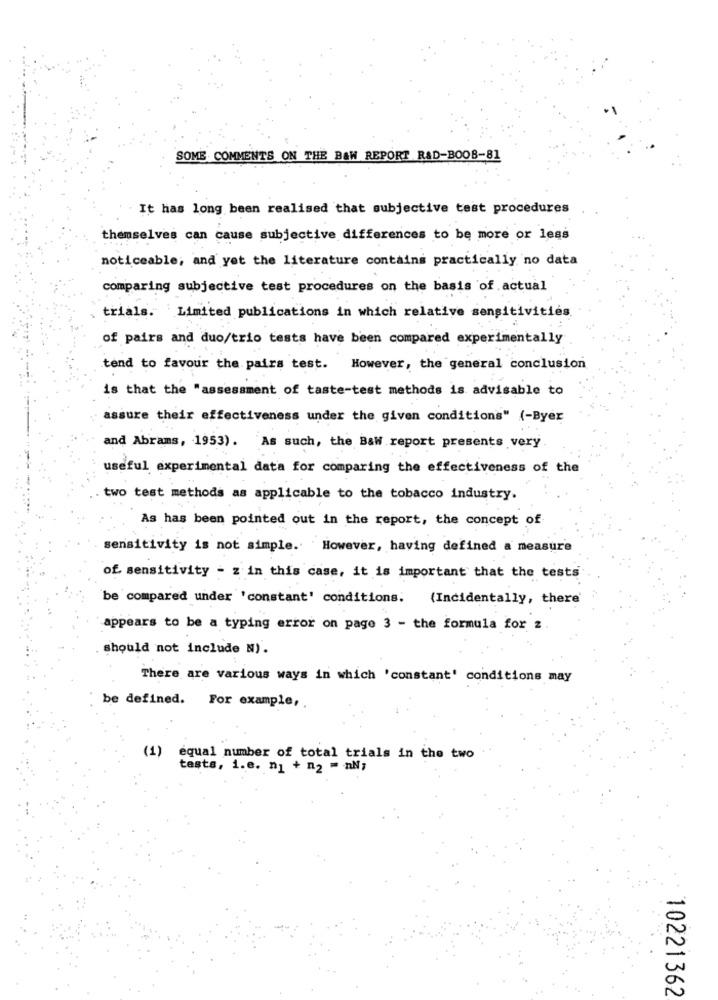
SOME COMMENTS ON THE B&W REPORT R&D-BOOB-81
It has long been realised that subjective test procedures
themselves can cause subjective differences to be more or less
noticeable; and yet the literature contains practically no data
comparing subjective test procedures on the basis of actual
trials. Limited publications in which relative sensitivities.
of pairs and duo/trio tests have been compared experimentally
tend to favour the pairs test. However, the general conclusion
is that the "assessment of taste-test methods is advisable to
assure their effectiveness under the given conditions" (-Byer
and Abrams, 1953). As such, the BaW report presents very
useful experimental data for comparing the effectiveness of the
two test methods as applicable to the tobacco industry.
As has been pointed out in the report, the concept of
sensitivity is not simple. However, having defined a measure
of. sensitivity - z in this case, it is important that the tests
be compared under 'constant' conditions.
(Incidentally, there
appears to be a typing error on page 3 - the formula for 2
should not include N).
There are various ways in which 'constant' conditions may
be defined. For example,
(1)
equal number of total trials in the two
tests, i.e. n1 + n2 = AN;
10221362